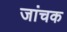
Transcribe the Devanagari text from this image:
जांचक